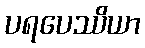
ပရပေဿိယာ